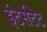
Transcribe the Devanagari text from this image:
इंटर्सटेट